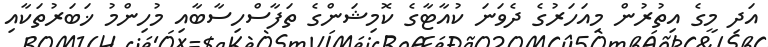
އަދި މީގެ އިތުރުން މިއަހަރުގެ ދެވަނަ ކުއާޓާގެ ކޮމިޝަންގެ ތަފާސްހިސާބާއި މުހިންމު ޚަބަރުތަކާއި